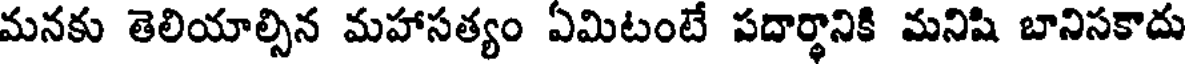
మనకు తెలియాల్సిన మహాసత్యం ఏమిటంటే పదార్థానికి మనిషి బానిసకాదు